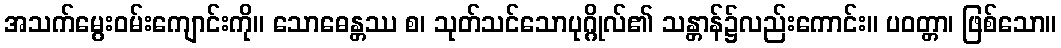
အသက်မွေးဝမ်းကျောင်းကို။ သောဓေန္တဿ စ၊ သုတ်သင်သောပုဂ္ဂိုလ်၏ သန္တာန်၌လည်းကောင်း။ ပဝတ္တာ၊ ဖြစ်သော။